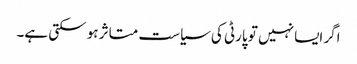
اگر ایسا نہیں تو پارٹی کی سیاست متاثر ہو سکتی ہے۔